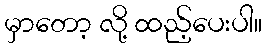
မှာတော့ လို့ ထည့်ပေးပါ။